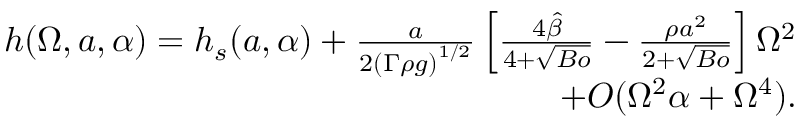
\begin{array} { r } { h ( \Omega , a , \alpha ) = h _ { s } ( a , \alpha ) + \frac { a } { 2 \left( \Gamma \rho { g } \right) ^ { 1 / 2 } } \left[ \frac { 4 \hat { \beta } } { 4 + \sqrt { B o } } - \frac { \rho { a } ^ { 2 } } { 2 + \sqrt { B o } } \right] \Omega ^ { 2 } } \\ { + O ( \Omega ^ { 2 } \alpha + \Omega ^ { 4 } ) . } \end{array}